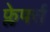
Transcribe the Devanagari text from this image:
फ्लेपर्स